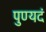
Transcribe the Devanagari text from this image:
पुण्यदं